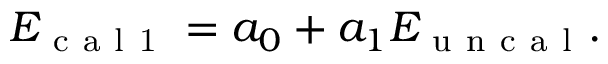
\begin{array} { r } { E _ { \mathrm { ~ c ~ a ~ l ~ 1 ~ } } = a _ { 0 } + a _ { 1 } E _ { \mathrm { ~ u ~ n ~ c ~ a ~ l ~ } } . } \end{array}